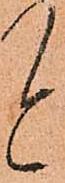
と